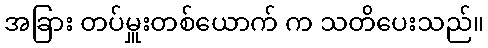
အခြား တပ်မှူးတစ်ယောက် က သတိပေးသည်။